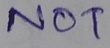
Text: NOT